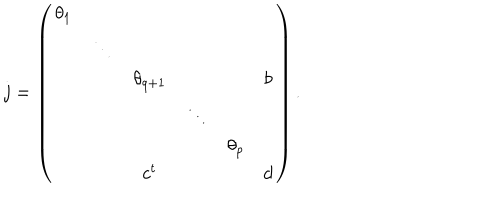
LaTeX: j = \left( \begin{array} { c c c c c c } { { \theta _ { 1 } } } & { { } } & { { } } & { { } } & { { } } & { { } } \\ { { } } & { { \ddots } } & { { } } & { { } } & { { } } & { { } } \\ { { } } & { { } } & { { \theta _ { q + 1 } } } & { { } } & { { } } & { { b } } \\ { { } } & { { } } & { { } } & { { \ddots } } & { { } } & { { } } \\ { { } } & { { } } & { { } } & { { } } & { { \theta _ { p } } } & { { } } \\ { { } } & { { } } & { { c ^ { t } } } & { { } } & { { } } & { { d } } \\ \end{array} \right) .